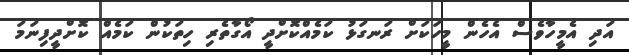
އަދި އެމީހާވެސް އެހެން މީހަކަށް ރަނގަޅު ކަމެއްކޮށްދީ އޯގާތެރި ހިތަކުން ކަމެއް ކޮށްދީފިނަމަ